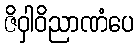
ဇိဝှါဝိညာဏံပေ